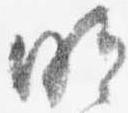
明